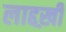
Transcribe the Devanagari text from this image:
लाद्दख़ी